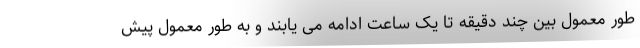
طور معمول بین چند دقیقه تا یک ساعت ادامه می یابند و به طور معمول پیش